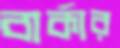
বার্কার